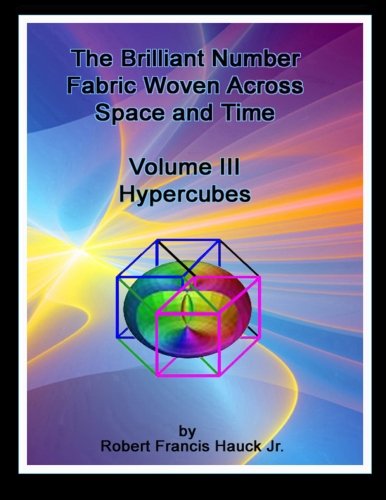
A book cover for The Brilliant Number Fabric Woven Across Space And Time - Volume III Hypercubes; Mr. Robert Francis Hauck Jr.; Science & Math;